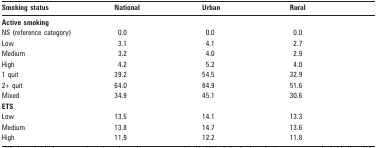
<table><thead><tr><td><b>Smoking status</b></td><td><b>National</b></td><td><b>Urban</b></td><td><b>Rural</b></td></tr></thead><tbody><tr><td colspan="4"><b>Active smoking</b></td></tr><tr><td>NS (reference category)</td><td>0.0</td><td>0.0</td><td>0.0</td></tr><tr><td>Low</td><td>3.1</td><td>4.1</td><td>2.7</td></tr><tr><td>Medium</td><td>3.2</td><td>4.0</td><td>2.9</td></tr><tr><td>High</td><td>4.2</td><td>5.2</td><td>4.0</td></tr><tr><td>1 quit</td><td>39.2</td><td>54.5</td><td>32.9</td></tr><tr><td>2+ quit</td><td>64.0</td><td>84.9</td><td>51.6</td></tr><tr><td>Mixed</td><td>34.9</td><td>45.1</td><td>30.6</td></tr><tr><td colspan="4"><b>ETS</b></td></tr><tr><td>Low</td><td>13.5</td><td>14.1</td><td>13.3</td></tr><tr><td>Medium</td><td>13.8</td><td>14.7</td><td>13.6</td></tr><tr><td>High</td><td>11.9</td><td>12.2</td><td>11.8</td></tr></tbody></table>